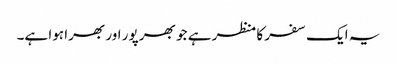
یہ ایک سفر کا منظر ہے جو بھر پور اور بھرا ہوا ہے۔